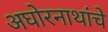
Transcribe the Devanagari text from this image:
अघोरनाथांचे